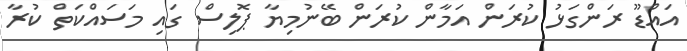
އައްޑޫ ރަންގަޅު ކުރަން އަމާން ކުރަން ބޭނުމިޔާ ޕޮލިސް ގައި މަސައްކަތް ކުރާ